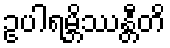
ဥပါရမ္ဘိဿန္တီတိ